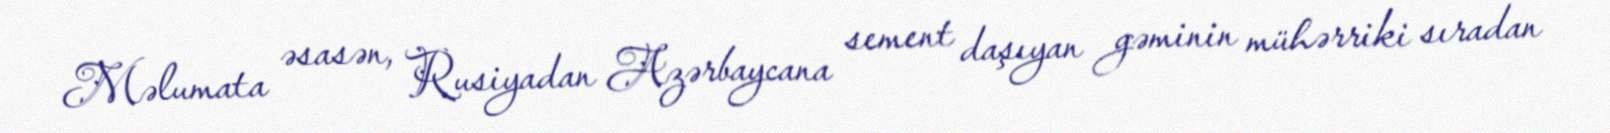
Məlumata əsasən, Rusiyadan Azərbaycana sement daşıyan gəminin mühərriki sıradan